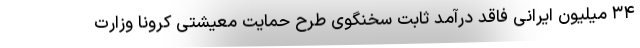
۳۴ میلیون ایرانی فاقد درآمد ثابت سخنگوی طرح حمایت معیشتی کرونا وزارت